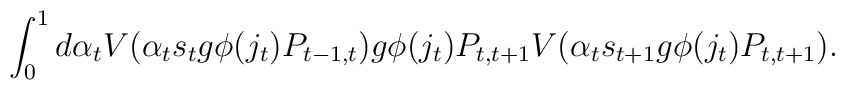
\int_0^1 d\alpha_t    V(\alpha_t s_t g \phi(j_t) P_{t-1, t})     g \phi(j_t) P_{t, t + 1} V(\alpha_t s_{t+1} g \phi(j_t) P_{t, t + 1}).